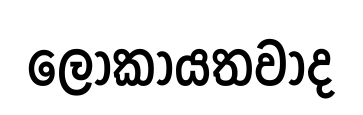
ලෝකායතවාද